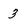
Character: 3